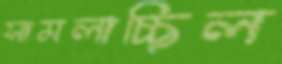
সামলাচ্ছিল